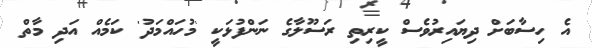
އެ ހިސާބަށް ދިޔައިރުވެސް ކީރިތި ރަސޫލާގެ ނަންފުޅަކީ 'މުހައްމަދު' ކަމެއް އަދި މާތް